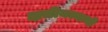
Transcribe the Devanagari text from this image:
क्षत्रीयत्वाची